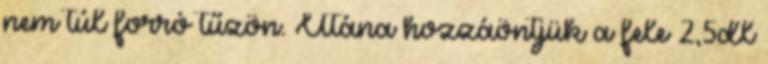
nem túl forró tűzön. Utána hozzáöntjük a fele 2,5dl